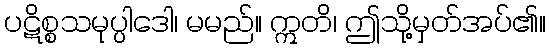
ပဋိစ္စသမုပ္ပါဒေါ၊ မမည်။ ဣတိ၊ ဤသို့မှတ်အပ်၏။